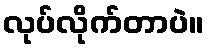
လုပ်လိုက်တာပဲ။